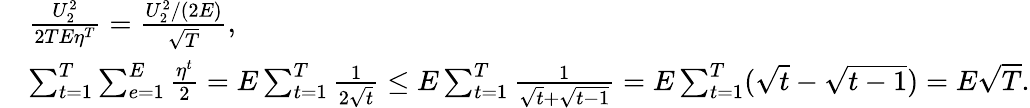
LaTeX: \begin{array}{rl}&{\frac{U_{2}^{2}}{2TE\eta^{T}}=\frac{U_{2}^{2}/(2E)}{\sqrt{T}},}\\ &{\sum_{t=1}^{T}\sum_{e=1}^{E}\frac{\eta^{t}}{2}=E\sum_{t=1}^{T}\frac{1}{2\sqrt{t}}\leq E\sum_{t=1}^{T}\frac{1}{\sqrt{t}+\sqrt{t-1}}=E\sum_{t=1}^{T}(\sqrt{t}-\sqrt{t-1})=E\sqrt{T}.}\end{array}